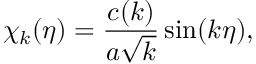
\chi _ { k } ( \eta ) = { \frac { c ( k ) } { a \sqrt k } } \sin ( k \eta ) ,